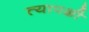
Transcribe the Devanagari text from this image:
त्यापक्षी